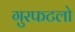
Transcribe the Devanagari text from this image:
गुरफटलो